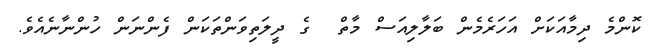
ކޮންމެ ދިމާއަކަށް އަހަރެމެން ބަލާލިއަސް މާތް  ގެ ދީލަތިވަންތަކަން ފެންނަން ހުންނާނެއެވެ.